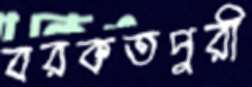
বরকতপুরী